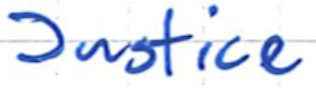
Text: Justice
Cross-out: clean
Writing tool: ballpoint